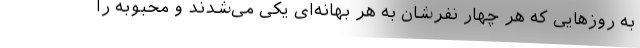
به روزهایی که هر چهار نفرشان به هر بهانه‌ای یکی می‌شدند و محبوبه را